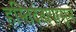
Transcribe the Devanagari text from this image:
हस्तिदंतापासून